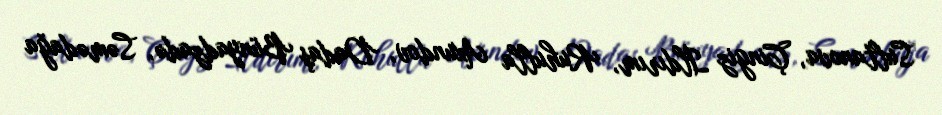
Sultanova, Çingiz İldırım, Ruhulla Axundov, Dadaş Bünyadzadə, Səmədağa